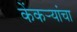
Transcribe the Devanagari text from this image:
केंकर्‍यांचा